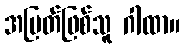
အမြတ်ဖြစ်သူ ဂါထာ။